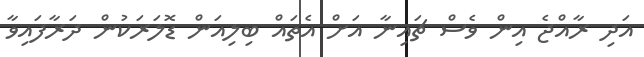
އަދި ރާއްޖެ އިން ވެސް ޗައިނާ އަށް އެތައް ބިލިއަން ޑޮލަރަކުން ދަރާފައިވާ